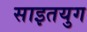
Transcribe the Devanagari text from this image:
साइतयुग